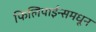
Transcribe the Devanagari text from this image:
फिलिपाईन्समधून